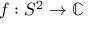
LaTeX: f : S ^ { 2 } \to \mathbb { C }